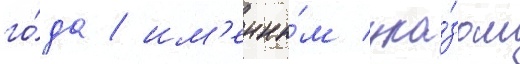
го́да / им'енны́м ука́зом